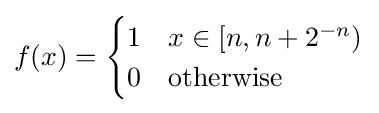
f(x)={\begin{cases}1&x\in [n,n+2^{-n})\\0&{\text{otherwise}}\end{cases}}